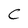
Character: C